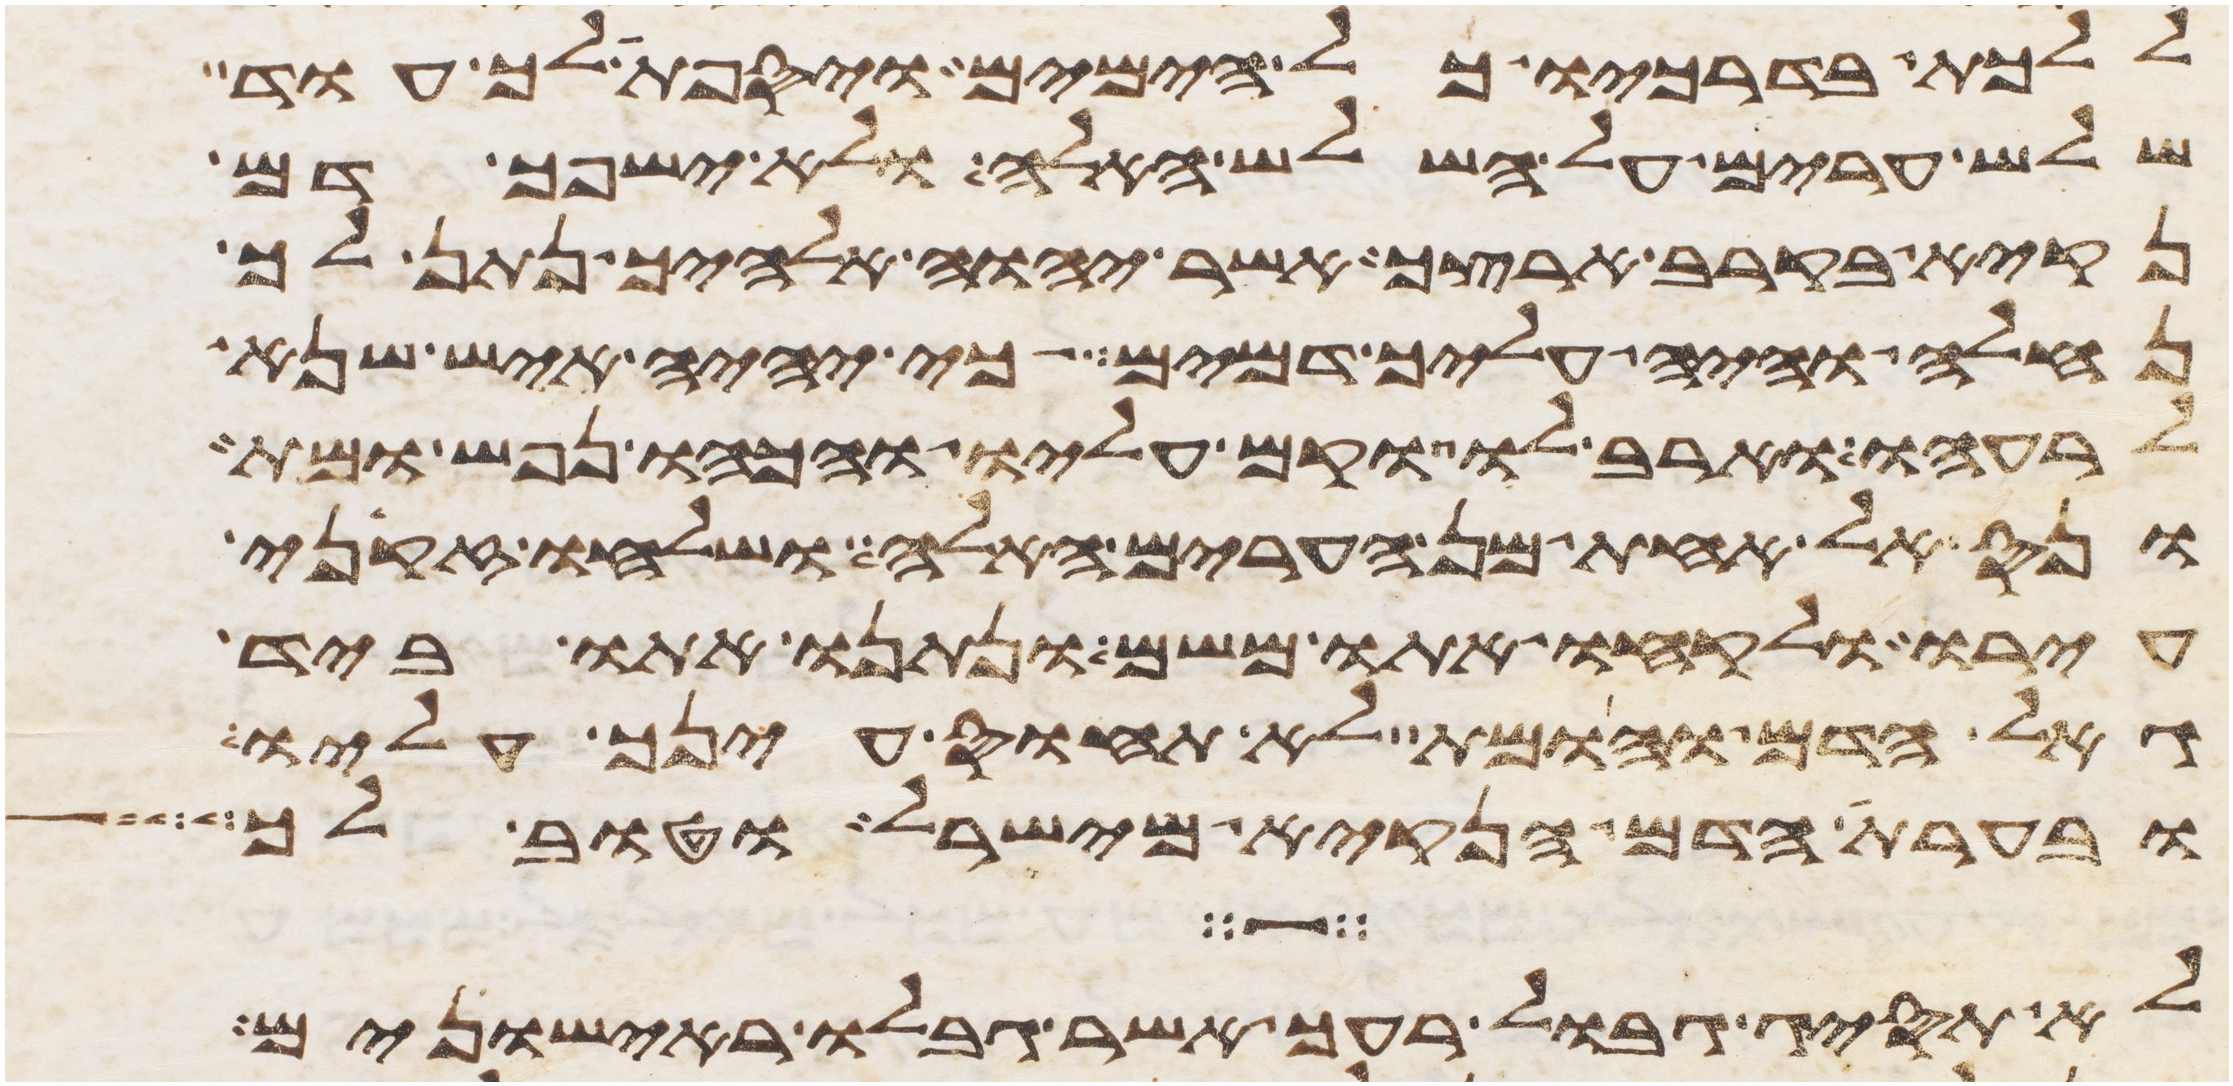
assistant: ללכת בדרכיו כל הימים ויספת לך עוד
שלש ערים על השלש האלה ולא ישפך דם
נקיא בקרב ארצך אשר יהוה אלהיך נתן לך
נחלה והיה עליך דמים כי יהיה איש שנא
לרעהו וארב לו וקם עליו והכהו נפש ומת
ונס אל אחת מן הערים האלה ושלחו זקני
עירו ולקחו אתו משם ונתנו אתו ביד
גאל הדם והומת לא תחוס עינך עליו
ובערת הדם הנקיא מישראל וטוב לך
לא תסיג גבול רעך אשר גבלו ראישונים